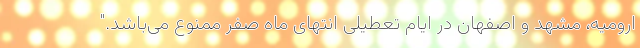
ارومیه، مشهد و اصفهان در ایام تعطیلی انتهای ماه صفر ممنوع می‌باشد."